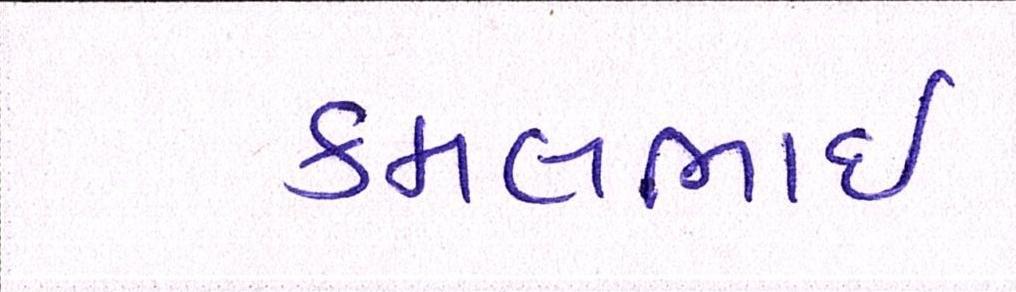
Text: કમલભાઇ